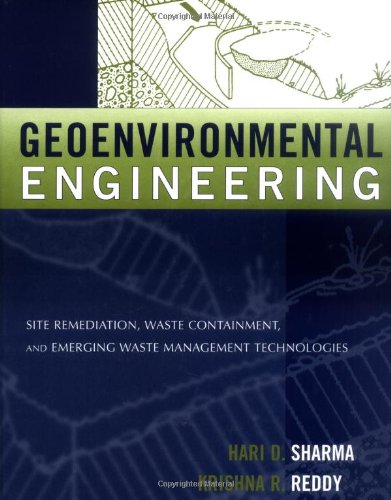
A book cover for Geoenvironmental Engineering: Site Remediation, Waste Containment, and Emerging Waste Management Techonolgies; Hari D. Sharma; Science & Math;